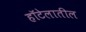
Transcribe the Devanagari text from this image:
हॉटेलातील